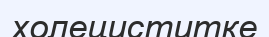
холециститке